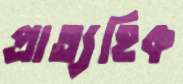
প্রাত্যহিক